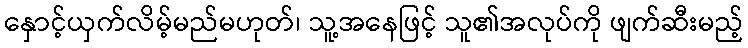
နှောင့်ယှက်လိမ့်မည်မဟုတ်၊ သူ့အနေဖြင့် သူ၏အလုပ်ကို ဖျက်ဆီးမည့်